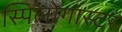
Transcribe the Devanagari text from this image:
स्पिलोगास्टर